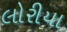
લોરીયા